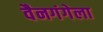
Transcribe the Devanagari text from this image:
वैनगंगेला